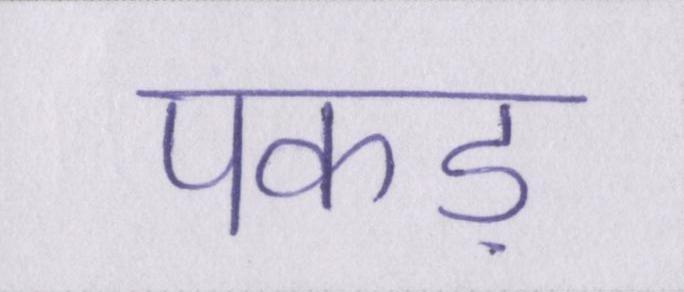
पकड़